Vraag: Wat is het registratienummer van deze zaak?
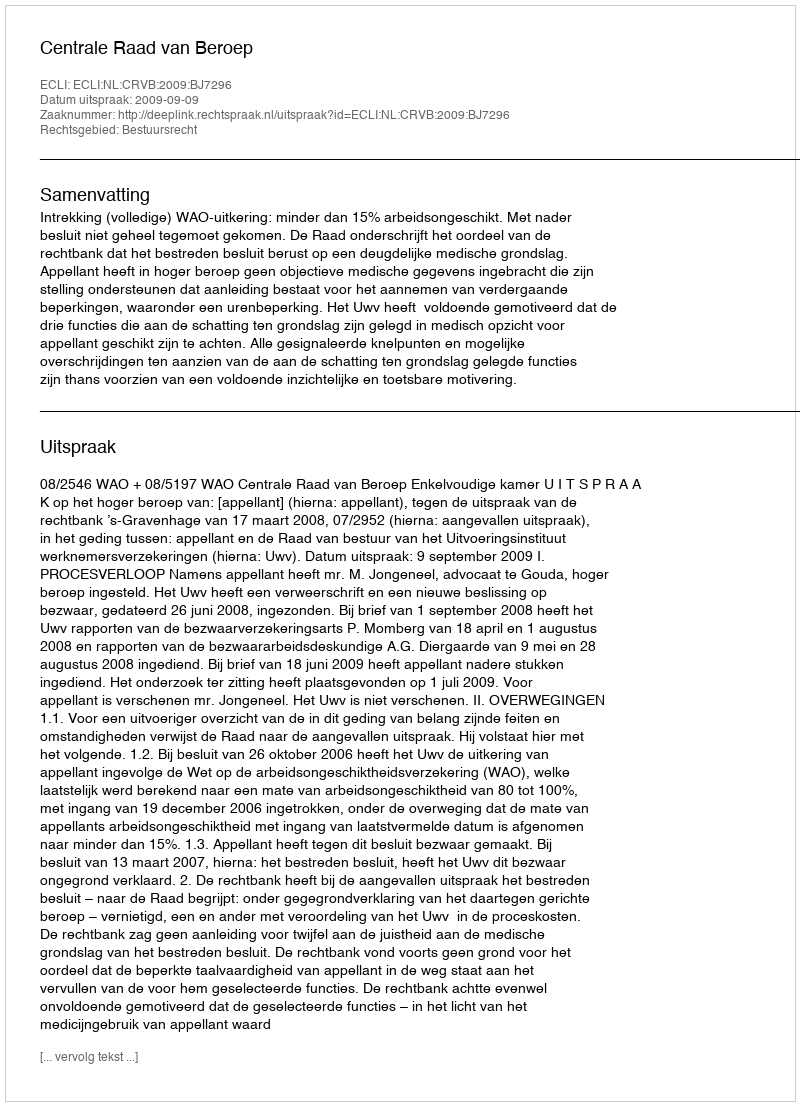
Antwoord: http://deeplink.rechtspraak.nl/uitspraak?id=ECLI:NL:CRVB:2009:BJ7296